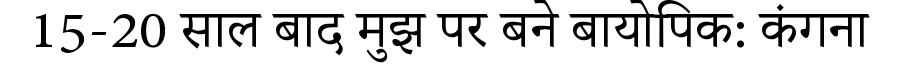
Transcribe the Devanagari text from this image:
15-20 साल बाद मुझ पर बने बायोपिक: कंगना